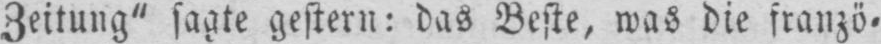
Zeitung” sagte gestern: das Beste, was die franzö⸗